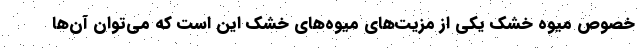
خصوص میوه‌ خشک یکی از مزیت‌های میوه‌های خشک این است که می‌توان آن‌ها